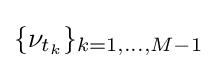
\{\nu _{t_{k}}\}_{k=1,\ldots ,M-1}